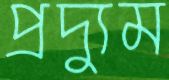
প্রদ্যুম